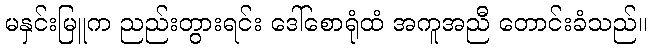
မနှင်းမြူက ညည်းတွားရင်း ဒေါ်စောရုံထံ အကူအညီ တောင်းခံသည်။